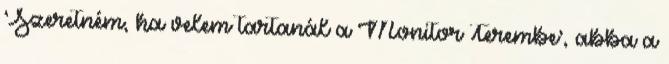
’Szeretném, ha velem tartanál a Monitor Terembe’, abba a